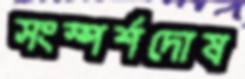
সংস্পর্শদোষ